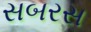
સબરસ